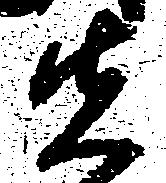
先